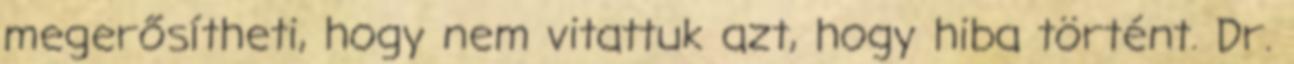
megerősítheti, hogy nem vitattuk azt, hogy hiba történt. Dr.